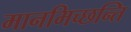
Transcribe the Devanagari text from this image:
मानमिच्छन्ति